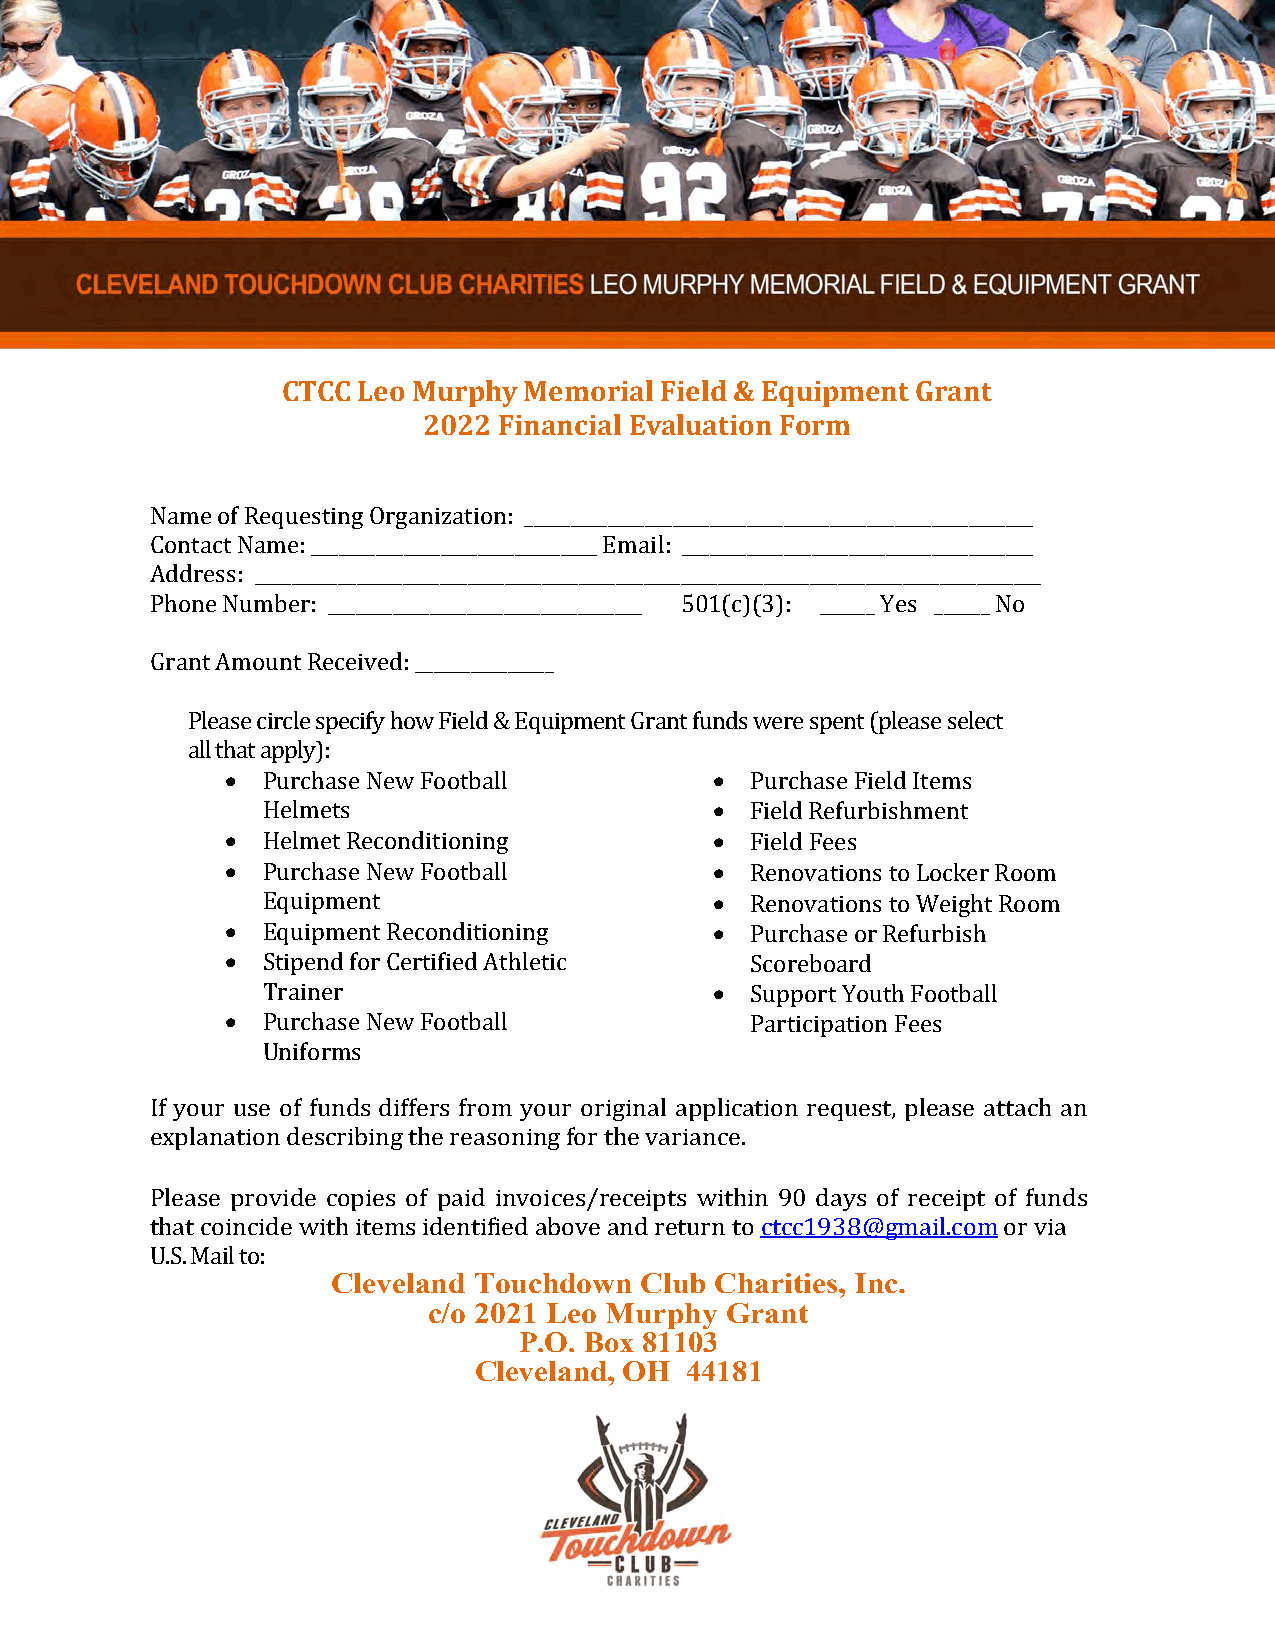
CTCC Leo Murphy Memorial Field & Equipment Grant
 2022 Financial Evaluation Form
 Name of Requesting Organization: _______________________________________________________
 Contact Name: _______________________________ Email: ______________________________________
 Address: _____________________________________________________________________________________
 Phone Number: __________________________________ 501(c)(3): ______ Yes ______ No
 Grant Amount Received: _______________
 Please circle specify how Field & Equipment Grant funds were spent (please select
 all that apply):
  Purchase New Football           Purchase Field Items
 Helmets                         Field Refurbishment
  Helmet Reconditioning           Field Fees
  Purchase New Football           Renovations to Locker Room
 Equipment                       Renovations to Weight Room
  Equipment Reconditioning        Purchase or Refurbish
  Stipend for Certified Athletic   Scoreboard
 Trainer                         Support Youth Football
  Purchase New Football            Participation Fees
 Uniforms
 If your use of funds differs from your original application request, please attach an
 explanation describing the reasoning for the variance.
 Please provide copies of paid invoices/receipts within 90 days of receipt of funds
 that coincide with items identified above and return to ctcc1938@gmail.com or via
 U.S. Mail to:
 Cleveland Touchdown Club Charities, Inc.
 c/o 2021 Leo Murphy Grant
 P.O. Box 81103
 Cleveland, OH 44181